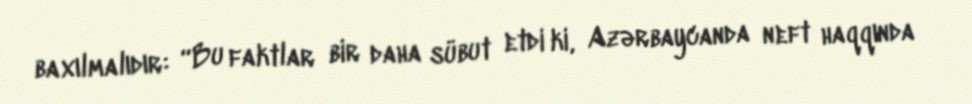
baxılmalıdır: “Bu faktlar bir daha sübut etdi ki, Azərbaycanda neft haqqında